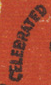
CELEBRATED